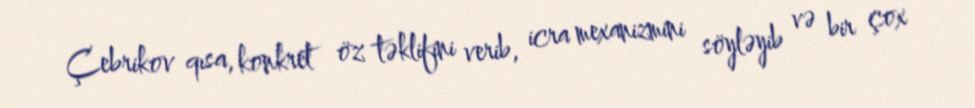
Çebrikov qısa, konkret öz təklifini verib, icra mexanizmini söyləyib və bir çox